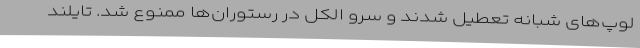
لوپ‌های شبانه تعطیل شدند و سرو الکل در رستوران‌ها ممنوع شد. تایلند